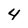
Character: 4